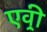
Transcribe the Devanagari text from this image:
एव़्री